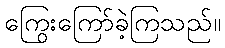
ကြွေးကြော်ခဲ့ကြသည်။